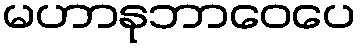
မဟာနုဘာဝေပေ